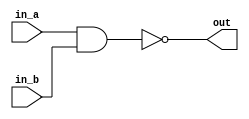
module nand_gate (input in_a,
                  input in_b,
                  output out);
    wire nand_tmp;
    assign out = in_a ~& in_b;
endmodule